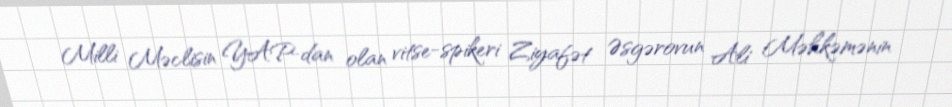
Milli Məclisin YAP-dan olan vitse-spikeri Ziyafət Əsgərovun Ali Məhkəmənin